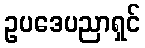
ဥပဒေပညာရှင်